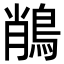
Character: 𪁎